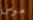
موس